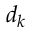
d _ { k }